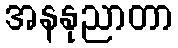
အနနုညာတာ